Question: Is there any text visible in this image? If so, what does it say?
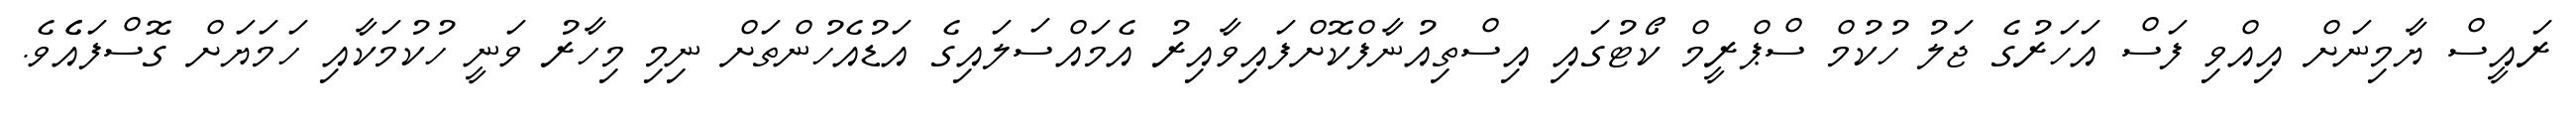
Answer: ރައީސް ޔާމިނަށް އިއްވި ފަސް އަހަރުގެ ޖަލު ހުކުމް ސްޕްރީމް ކޯޓުގައި އިސްތިއުނާފްކޮށްފައިވާއިރު އެމައްސަލައިގެ އަޑުއެހުންތަށް ނިމި މިހާރު ވަނީ ހުކުމަކާއި ހަމަޔަށް ގޮސްފައެެވެ.